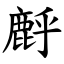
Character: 䴣